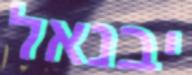
יבנאל